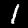
Digit: 1